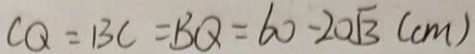
C Q = B C = B Q = 6 0 - 2 0 \sqrt { 3 } ( c m )